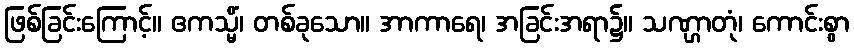
ဖြစ်ခြင်းကြောင့်။ ဧကသ္မိံ၊ တစ်ခုသော။ အာကာရေ၊ အခြင်းအရာ၌။ သဏ္ဌာတုံ၊ ကောင်းစွာ